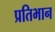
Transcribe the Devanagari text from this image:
प्रतिभान